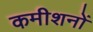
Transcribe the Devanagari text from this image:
कमीशनों